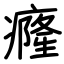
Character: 癃